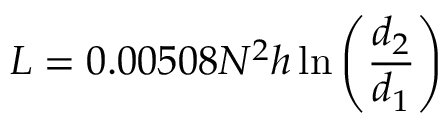
L = 0 . 0 0 5 0 8 N ^ { 2 } h \ln \left( { \frac { d _ { 2 } } { d _ { 1 } } } \right)